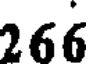
266